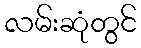
လမ်းဆုံတွင်